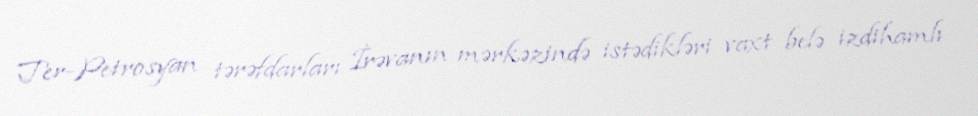
Ter-Petrosyan tərəfdarları İrəvanın mərkəzində istədikləri vaxt belə izdihamlı